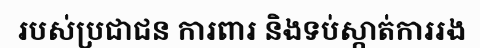
របស់ប្រជាជន ការពារ និងទប់ស្កាត់ការរង